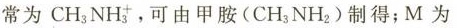
常为CH_{3}NH_{3}^{+}，可由甲胺(CH_{3}NH_{2})制得；M为